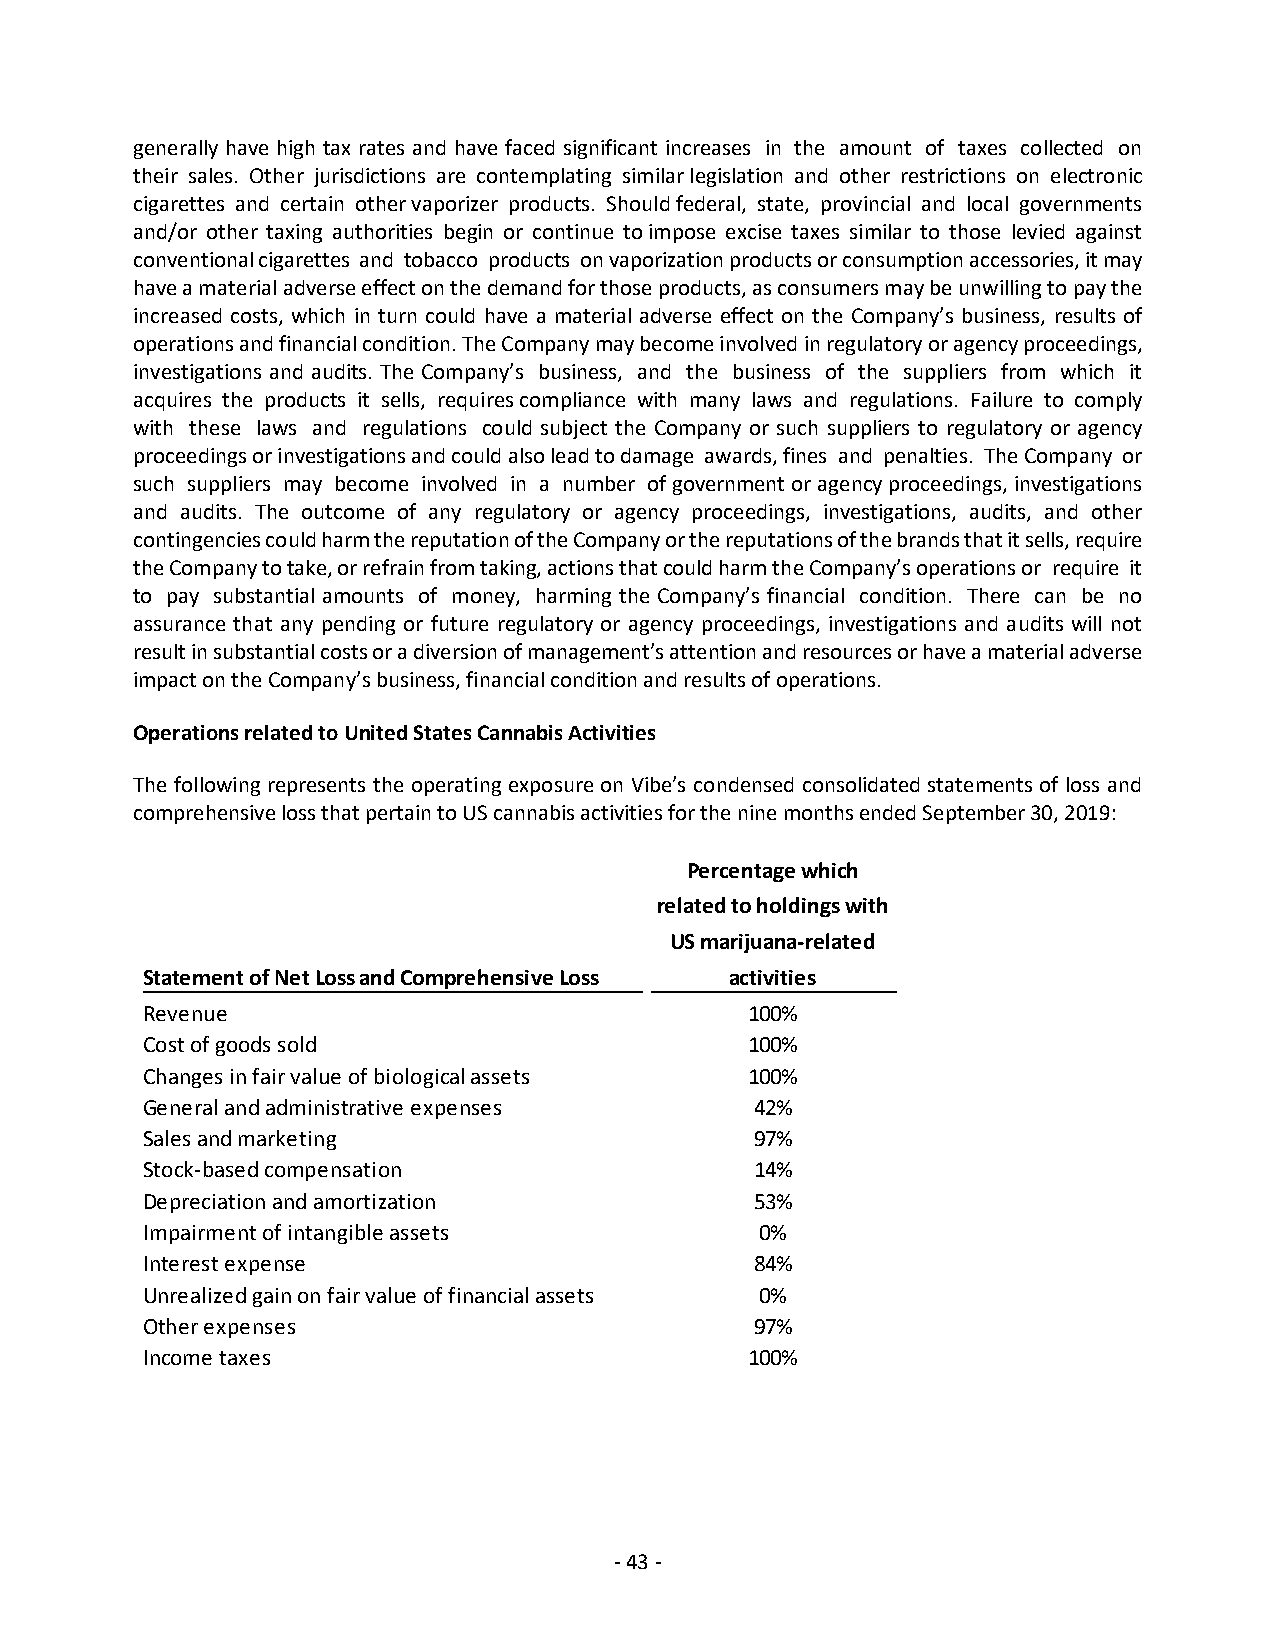
generally have high tax rates and have faced significant increases in the amount of taxes collected on
 their sales. Other jurisdictions are contemplating similar legislation and other restrictions on electronic
 cigarettes and certain other vaporizer products. Should federal, state, provincial and local governments
 and/or other taxing authorities begin or continue to impose excise taxes similar to those levied against
 conventional cigarettes and tobacco products on vaporization products or consumption accessories, it may
 have a material adverse effect on the demand for those products, as consumers may be unwilling to pay the
 increased costs, which in turn could have a material adverse effect on the Company’s business, results of
 operations and financial condition. The Company may become involved in regulatory or agency proceedings,
 investigations and audits. The Company’s business, and the business of the suppliers from which it
 acquires the products it sells, requires compliance with many laws and regulations. Failure to comply
 with these laws and regulations could subject the Company or such suppliers to regulatory or agency
 proceedings or investigations and could also lead to damage awards, fines and penalties. The Company or
 such suppliers may become involved in a number of government or agency proceedings, investigations
 and audits. The outcome of any regulatory or agency proceedings, investigations, audits, and other
 contingencies could harm the reputation of the Company or the reputations of the brands that it sells, require
 the Company to take, or refrain from taking, actions that could harm the Company’s operations or require it
 to pay substantial amounts of money, harming the Company’s financial condition. There can be no
 assurance that any pending or future regulatory or agency proceedings, investigations and audits will not
 result in substantial costs or a diversion of management’s attention and resources or have a material adverse
 impact on the Company’s business, financial condition and results of operations.
 Operations related to United States Cannabis Activities
 The following represents the operating exposure on Vibe’s condensed consolidated statements of loss and
 comprehensive loss that pertain to US cannabis activities for the nine months ended September 30, 2019:
 Percentage which
 related to holdings with
 US marijuana-related
 Statement of Net Loss and Comprehensive Loss activities
 Revenue                                  100%
 Cost of goods sold                       100%
 Changes in fair value of biological assets 100%
 General and administrative expenses      42%
 Sales and marketing                      97%
 Stock-based compensation                 14%
 Depreciation and amortization            53%
 Impairment of intangible assets          0%
 Interest expense                         84%
 Unrealized gain on fair value of financial assets 0%
 Other expenses                           97%
 Income taxes                             100%
 - 43 -